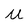
Character: M